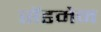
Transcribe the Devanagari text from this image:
सेंडमेन